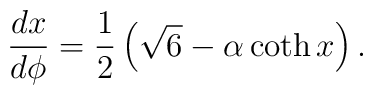
{\frac{d x}{d\phi}=\frac{1}{2}\left(\sqrt{6}-\alpha\coth x\right).}